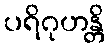
ပရိဂုဟန္တိ